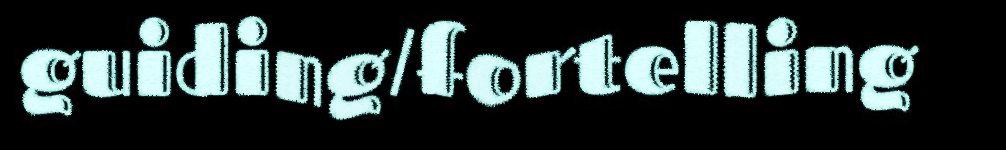
guiding/fortelling